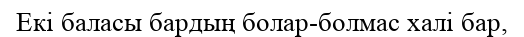
Екі баласы бардың болар-болмас халі бар,